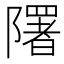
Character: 𨽉